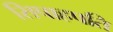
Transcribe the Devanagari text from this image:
सिपाहपति